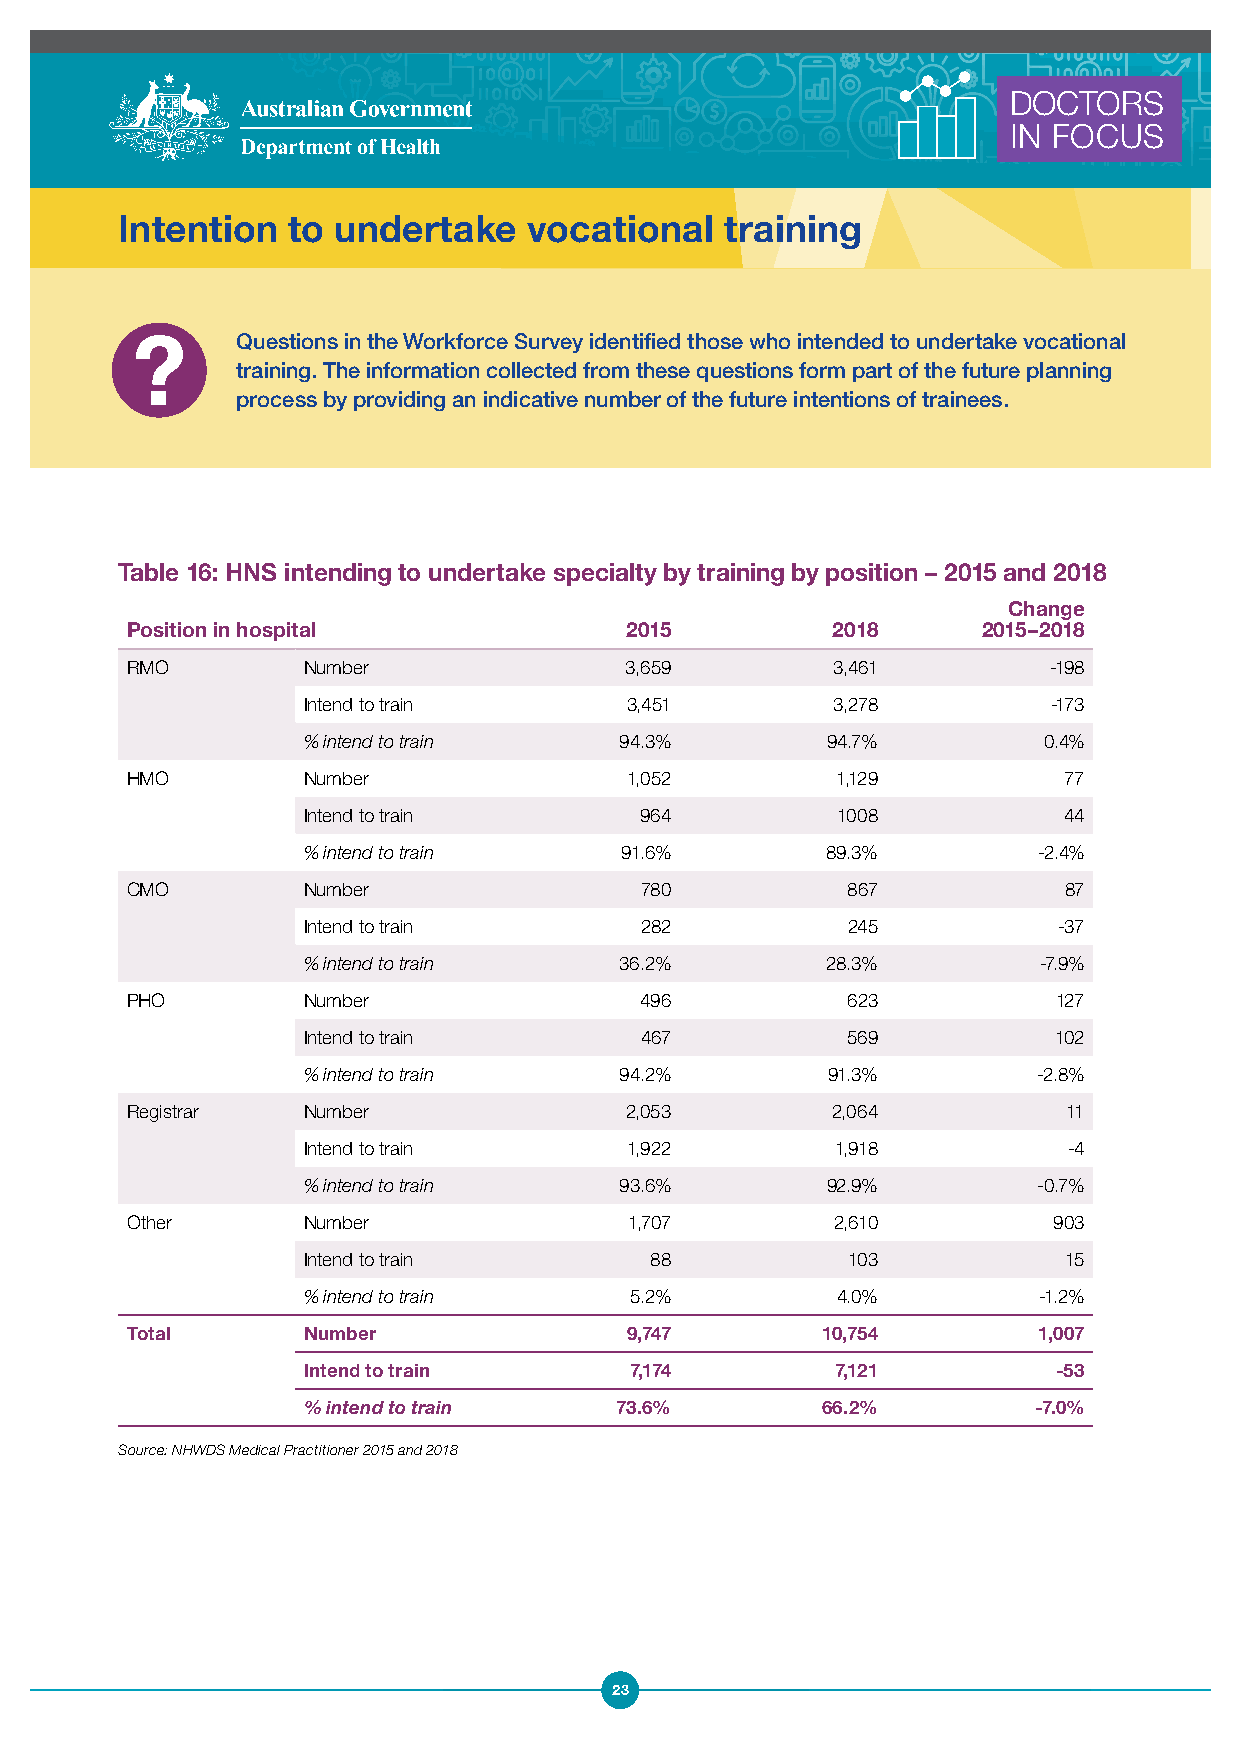
DOCTORS
 IN FOCUS
 Intention  to undertake    vocational   training
 Questions in the Workforce Survey identified those who intended to undertake vocational
 training. The information collected from these questions form part of the future planning
 process by providing an indicative number of the future intentions of trainees.
 Table 16: HNS intending to undertake specialty by training by position – 2015 and 2018
 Change
 Position in hospital             2015          2018      2015–2018
 RMO         Number               3,659         3,461         -198
 Intend to train      3,451         3,278          -173
 % intend to train    94.3%         94.7%         0.4%
 HMO         Number               1,052         1,129          77
 Intend to train       964          1008           44
 % intend to train    91.6%         89.3%         -2.4%
 CMO         Number                780           867           87
 Intend to train       282           245           -37
 % intend to train    36.2%         28.3%         -7.9%
 PHO         Number                496           623           127
 Intend to train       467           569           102
 % intend to train    94.2%         91.3%         -2.8%
 Registrar   Number               2,053         2,064           11
 Intend to train      1,922         1,918           -4
 % intend to train    93.6%         92.9%         -0.7%
 Other       Number                1,707        2,610          903
 Intend to train        88           103           15
 % intend to train     5.2%         4.0%          -1.2%
 Total       Number               9,747        10,754         1,007
 Intend to train       7,174        7,121          -53
 % intend to train    73.6%        66.2%         -7.0%
 Source: NHWDS Medical Practitioner 2015 and 2018
 23